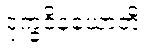
ဒုက္ခဝိနယောတိ